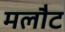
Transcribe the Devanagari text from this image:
मलौट